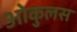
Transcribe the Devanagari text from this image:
ओकुलस